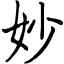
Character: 妙